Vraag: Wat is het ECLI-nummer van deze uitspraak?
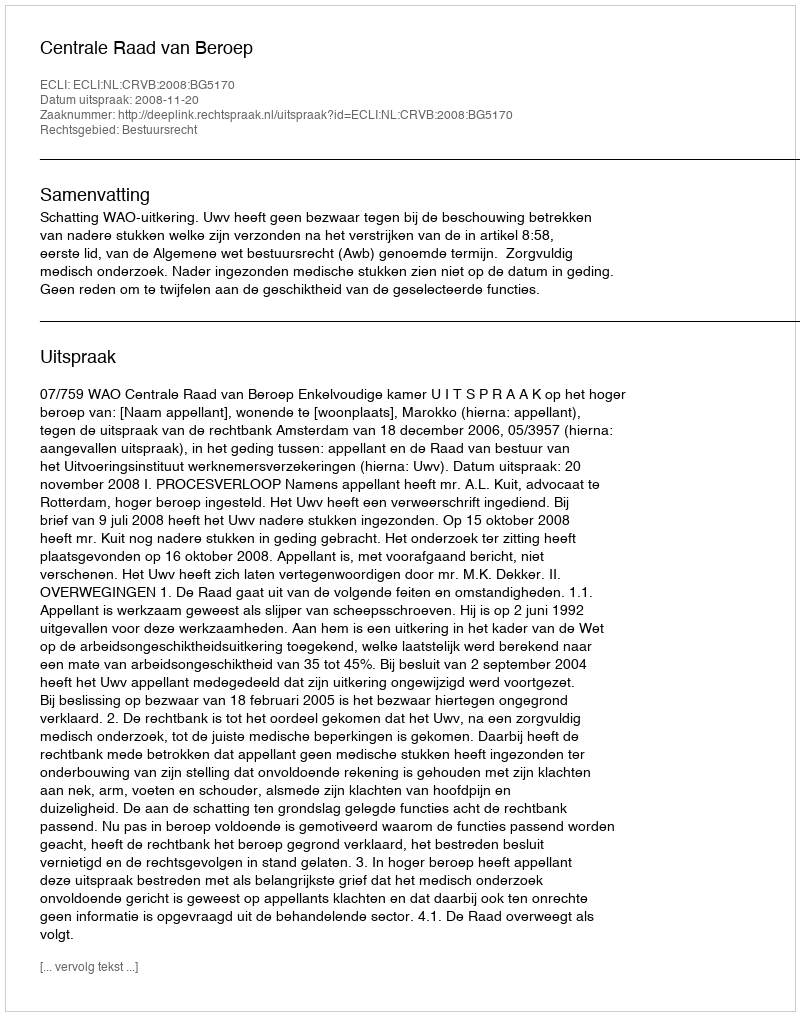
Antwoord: ECLI:NL:CRVB:2008:BG5170